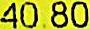
40.80